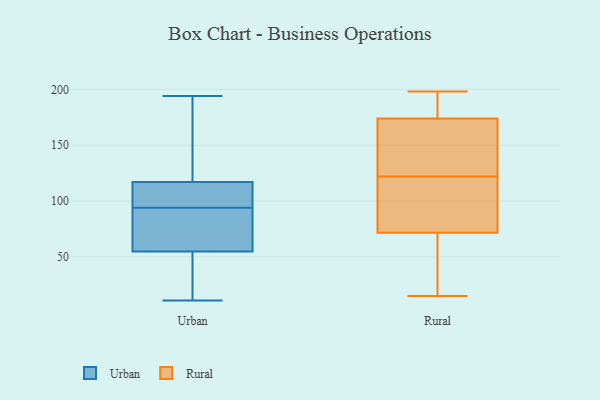
{"axis": {"x": "Operating Costs (USD K)", "y": "Value"}, "legend": ["Rural", "Urban"], "data": [{"x": "", "y": 113, "type": "Urban"}, {"x": "", "y": 46, "type": "Urban"}, {"x": "", "y": 104, "type": "Urban"}, {"x": "", "y": 192, "type": "Urban"}, {"x": "", "y": 36, "type": "Urban"}, {"x": "", "y": 72, "type": "Urban"}, {"x": "", "y": 76, "type": "Urban"}, {"x": "", "y": 129, "type": "Urban"}, {"x": "", "y": 194, "type": "Urban"}, {"x": "", "y": 107, "type": "Urban"}, {"x": "", "y": 58, "type": "Urban"}, {"x": "", "y": 103, "type": "Urban"}, {"x": "", "y": 94, "type": "Urban"}, {"x": "", "y": 150, "type": "Urban"}, {"x": "", "y": 11, "type": "Urban"}, {"x": "", "y": 48, "type": "Urban"}, {"x": "", "y": 57, "type": "Urban"}, {"x": "", "y": 103, "type": "Rural"}, {"x": "", "y": 15, "type": "Rural"}, {"x": "", "y": 184, "type": "Rural"}, {"x": "", "y": 198, "type": "Rural"}, {"x": "", "y": 192, "type": "Rural"}, {"x": "", "y": 158, "type": "Rural"}, {"x": "", "y": 179, "type": "Rural"}, {"x": "", "y": 119, "type": "Rural"}, {"x": "", "y": 122, "type": "Rural"}, {"x": "", "y": 26, "type": "Rural"}, {"x": "", "y": 91, "type": "Rural"}, {"x": "", "y": 158, "type": "Rural"}, {"x": "", "y": 159, "type": "Rural"}, {"x": "", "y": 32, "type": "Rural"}, {"x": "", "y": 65, "type": "Rural"}]}